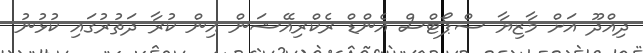
ދިއްދޫ އަށް މާޒިޔާ ސްޕޯޓްސް އެންޑް ރެކްރިއޭޝަން އިން ކުރާ ދަތުރުގައި ކުޅުނު